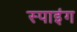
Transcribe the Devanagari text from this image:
स्पाइंग